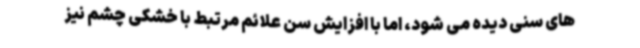
های سنی دیده می شود، اما با افزایش سن علائم مرتبط با خشکی چشم نیز